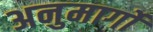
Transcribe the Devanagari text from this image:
अनुमार्गों